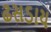
ઢસડાય